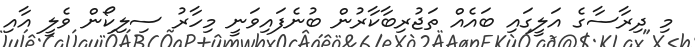
މި ދިރާސާގެ އަލީގައި ބައެއް ތަޖުރިބާކާރުން ބުނެފައިވަނީ މިހާރު ސިލިކޯން ވެލީ އާއި